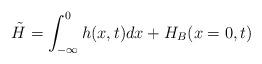
LaTeX: \begin{align*}\tilde{H}=\int ^{0}_{-\infty }h(x,t)dx+H_{B}(x=0,t)\end{align*}